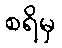
စရိမှ